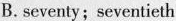
B. seventy;seventieth